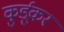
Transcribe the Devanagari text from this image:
कुर्डूकर